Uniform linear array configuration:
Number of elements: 24
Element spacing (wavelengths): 0.75
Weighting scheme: cosine
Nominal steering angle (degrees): -30
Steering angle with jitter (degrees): -30.419
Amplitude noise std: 0.05
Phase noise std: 0.05

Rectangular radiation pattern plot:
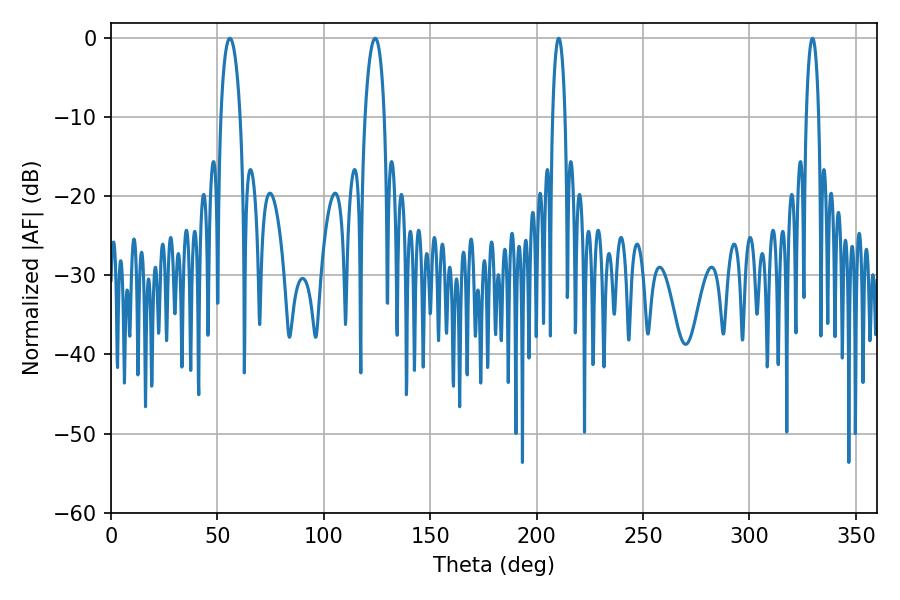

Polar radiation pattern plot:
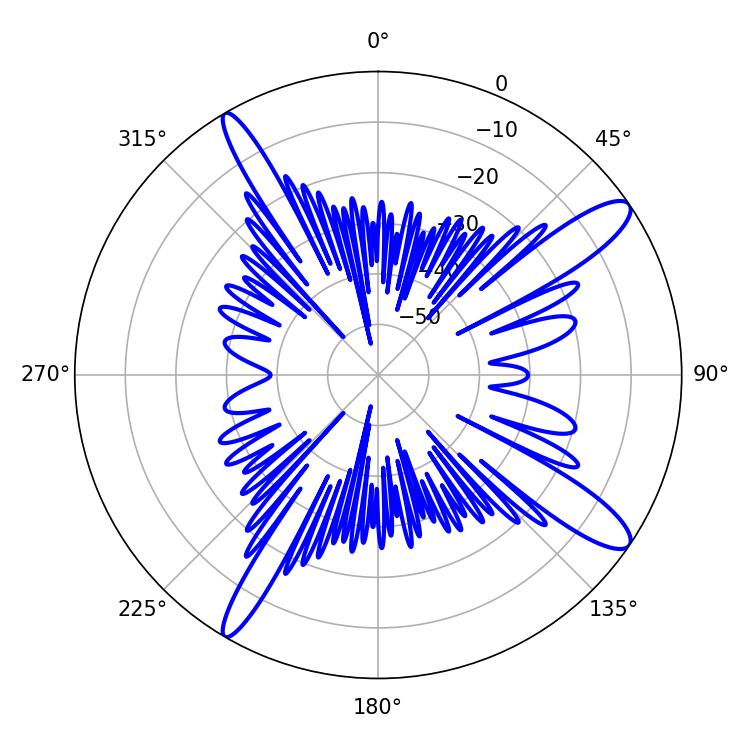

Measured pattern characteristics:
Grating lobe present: TRUE
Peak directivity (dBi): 13.038
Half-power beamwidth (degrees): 5.04
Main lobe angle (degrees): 55.8